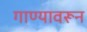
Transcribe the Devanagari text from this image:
गाण्यावरून